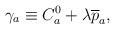
\begin{align*}\gamma _a\equiv C_a^0+\lambda \overline{p}_a,\end{align*}